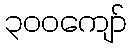
၃၀၀ကျော်